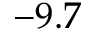
- 9 . 7